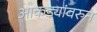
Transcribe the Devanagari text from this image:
आकड्यांवरुन